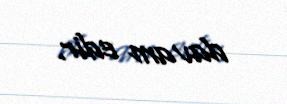
davam edir.